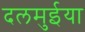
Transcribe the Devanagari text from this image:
दलमुईया